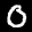
Label: 0